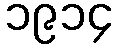
၁၉၁၄